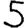
Digit: 5